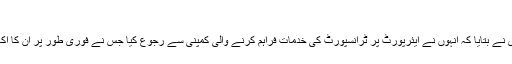
‘
جوہرہ حمدی نے بتایا کہ انہوں نے ایئرپورٹ پر ٹرانسپورٹ کی خدمات فراہم کرنے والی کمپنی سے رجوع کیا جس نے فوری طور پر ان کا اکاؤنٹ بنا دیا۔